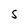
Character: S